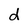
Character: d